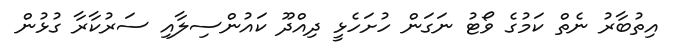
އިތުބާރު ނެތް ކަމުގެ ވޯޓު ނަގަން ހުށަހެޅީ ދިއްދޫ ކައުންސިލާއި ސަރުކާރާ ގުޅުން